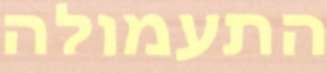
התעמולה